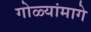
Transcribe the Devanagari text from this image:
गोळ्यांमागे